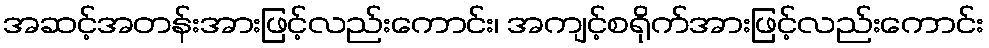
အဆင့်အတန်းအားဖြင့်လည်းကောင်း၊ အကျင့်စရိုက်အားဖြင့်လည်းကောင်း